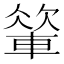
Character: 𨍁